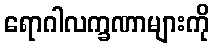
ရောဂါလက္ခဏာများကို